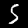
Digit: 5